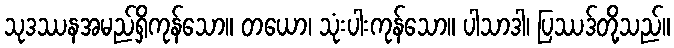
သုဒဿနအမည်ရှိကုန်သော။ တယော၊ သုံးပါးကုန်သော။ ပါသာဒါ၊ ပြဿဒ်တို့သည်။